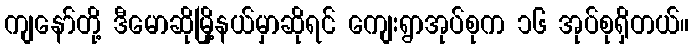
ကျနော်တို့ ဒီမောဆိုမြို့နယ်မှာဆိုရင် ကျေးရွာအုပ်စုက ၁၆ အုပ်စုရှိတယ်။